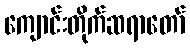
ကျောင်းတိုက်ဆရာတော်